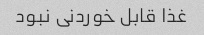
غذا قابل خوردنی نبود